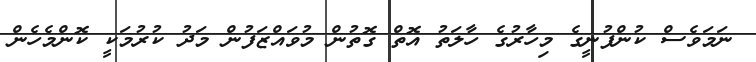
ނަމަވެސް ކުންފުނީގެ މިހާރުގެ ހާލަތު އޮތް ގޮތުން މުވައްޒަފުން މަދު ކުރުމަކީ ކޮންމެހެން